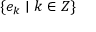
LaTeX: \{ e _ { k } \mid k \in Z \}